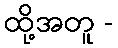
ထို့အတူ -